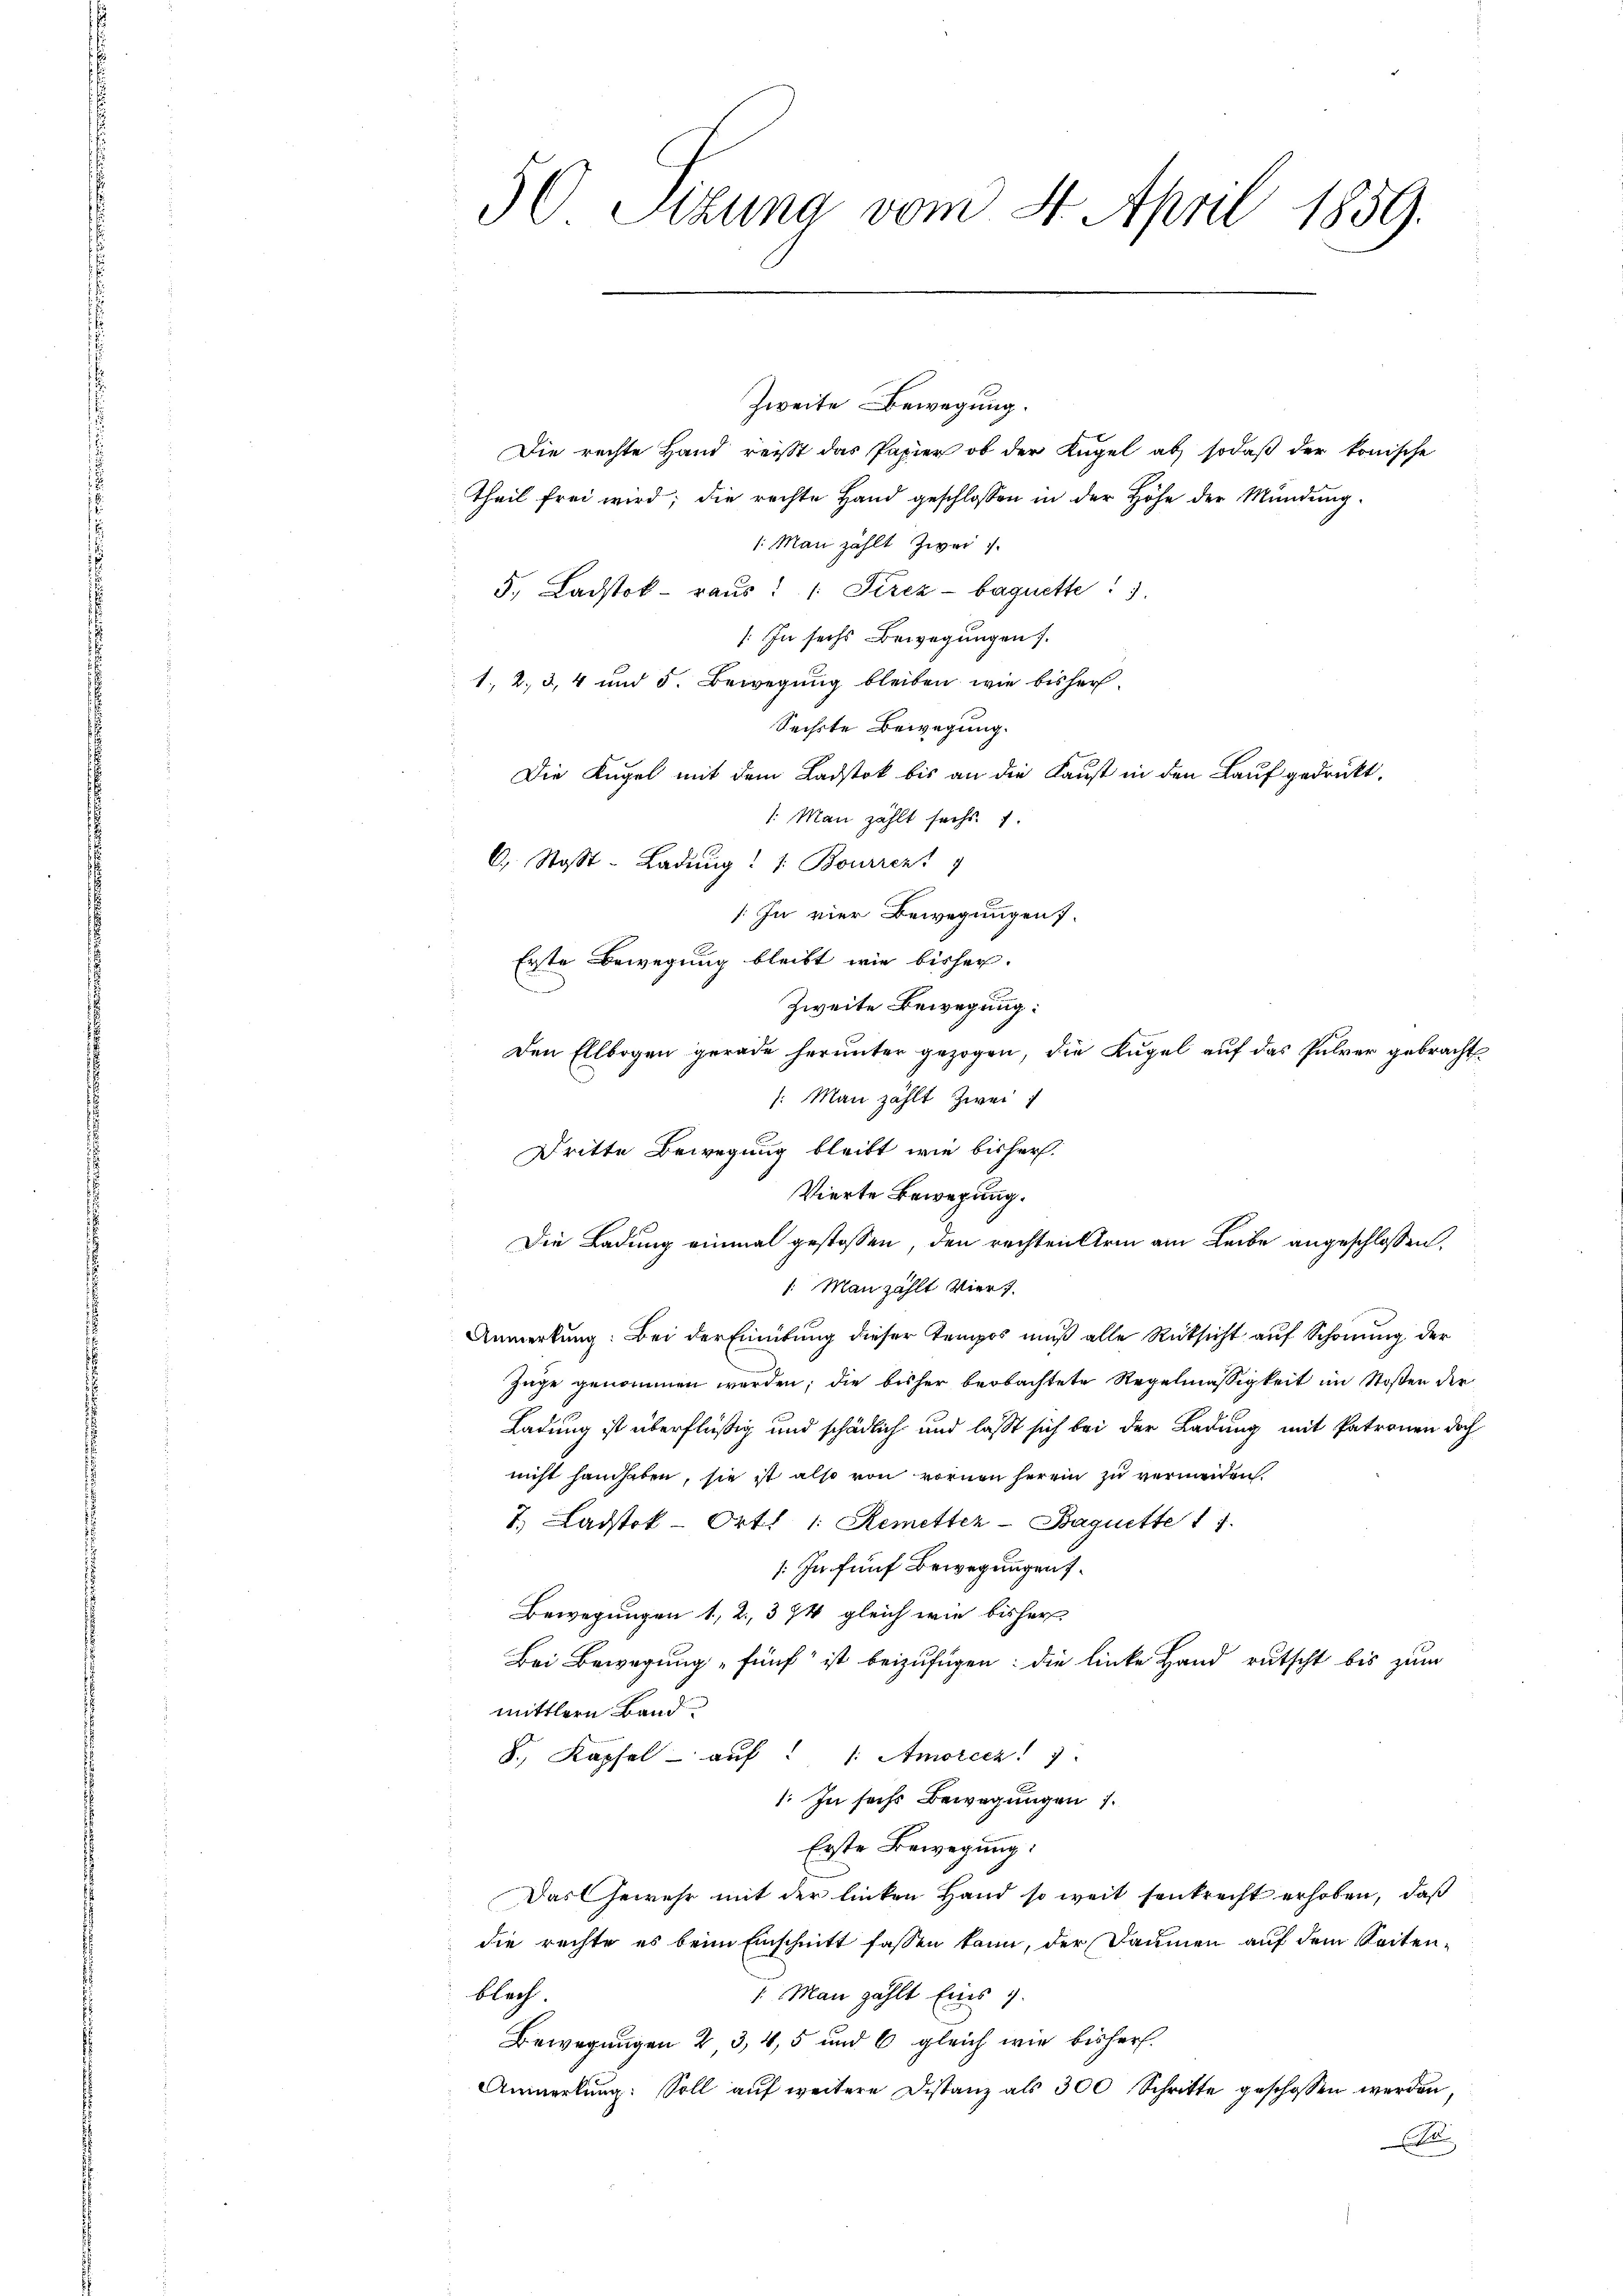
50 Pizuna vom 4. April 1859.

Zweite Bewegung.
Die rechte Hand reisst das Papier ob der Kugel ab, sodaß der konische
Theil frei wird; die rechte Hand geschlossen in der Höhe der Mündung.
1. Man zählt zwei
5. Ladstok- raus: 1. Sirez - baquette: 1.
/ In sechs Bewegungen
1., 2, 3, 4 und 5. Bewegung bleiben, wie bisher¬
Sechste Bewegung.
Die Kugel mit dem Badstok bis an die Kaust in den Lauf gedruckt.
1. Man zählt sechs. 1.
C. Stoß-Ladung: 1. Bouriez
: In vier Bewegungen.
Erste Bewegung bleibt wie bisher.
Zweite Bewegung:
Den Ellbogen gerade herunter gezogen, die Kugel auf das Pulver gebracht
: Man zählt zwei
Dritte Bewegung bleibt wie bisher.
Vierte Bewegung.
Die Ladung einmal gestossen, den rechten Uri am Leibe angeschlossen,
1. Man zahlt Viert.
Anmerkung: Bei der Einütung dieser Tempos muß alle Rücksicht auf Schonung der
Züge genommen werden; die bisher beobachtete Regelmässigkeit im Stoßen der
Ladung ist überflüßig und schädlich und lasst sich bei der Ladung mit Patronen doch
nicht handhaben, sie ist also von vornen herein zu vermeiden.
7. Ladstok Ortl. 1: Remetter-Baguette 17.
: In fünf Bewegungen s
Bewegungen 1, 2, 374 gleich wie bisher
Bei Bewegung fünf ist beizufügen: die linke Hand rutscht bis zum
mittlern Band
8., Kapfel auf (: Amoricz
: In sechs Bewegungen 1.
Erste Bewegung:
Das Gewehr mit der linken Hand so weit senkrecht erhoben, daß
die rechte es beim Einschnitt fassen kann, der Daumen auf dem Seitenblech
1. Man zählt Eins 1.
Bewegungen 2 3, 4, 5 und 6 gleich wie bisher.
Anmerkung: Soll auf weitere Distanz als 300 Schritte geschossen werden,
Ellen